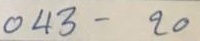
043 - 20